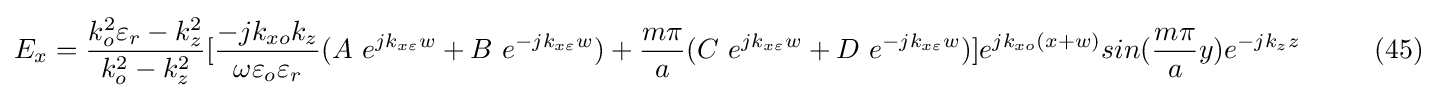
E_{x}={\frac {k_{o}^{2}\varepsilon _{r}-k_{z}^{2}}{k_{o}^{2}-k_{z}^{2}}}[{\frac {-jk_{xo}k_{z}}{\omega \varepsilon _{o}\varepsilon _{r}}}(A\ e^{jk_{x\varepsilon }w}+B\ e^{-jk_{x\varepsilon }w})+{\frac {m\pi }{a}}(C\ e^{jk_{x\varepsilon }w}+D\ e^{-jk_{x\varepsilon }w})]e^{jk_{xo}(x+w)}sin({\frac {m\pi }{a}}y)e^{-jk_{z}z}\ \ \ \ \ \ \ \ (45)